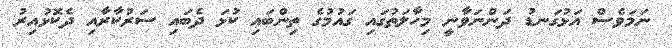
ނަމަވެސް އަޅުގަނޑު ދަންނަވާނީ މިހާލަތުގައި ގައުމުގެ ތިންބައި ކުޅަ ދެބައި ސަރުކާރާއި ދެކޮޅުއިރު